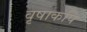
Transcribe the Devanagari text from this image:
वृषाकपि